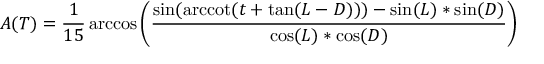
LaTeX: A ( T ) = { \frac { 1 } { 1 5 } } \operatorname { a r c c o s } \left( { \frac { \sin ( \operatorname { a r c c o t } ( t + \tan ( L - D ) ) ) - \sin ( L ) * \sin ( D ) } { \cos ( L ) * \cos ( D ) } } \right)